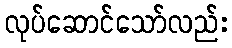
လုပ်ဆောင်သော်လည်း